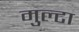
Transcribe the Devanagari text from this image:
मुल्टा